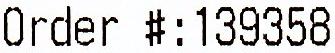
ORDER #:139358